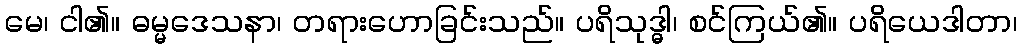
မေ၊ ငါ၏။ ဓမ္မဒေသနာ၊ တရားဟောခြင်းသည်။ ပရိသုဒ္ဓါ၊ စင်ကြယ်၏။ ပရိယေဒါတာ၊